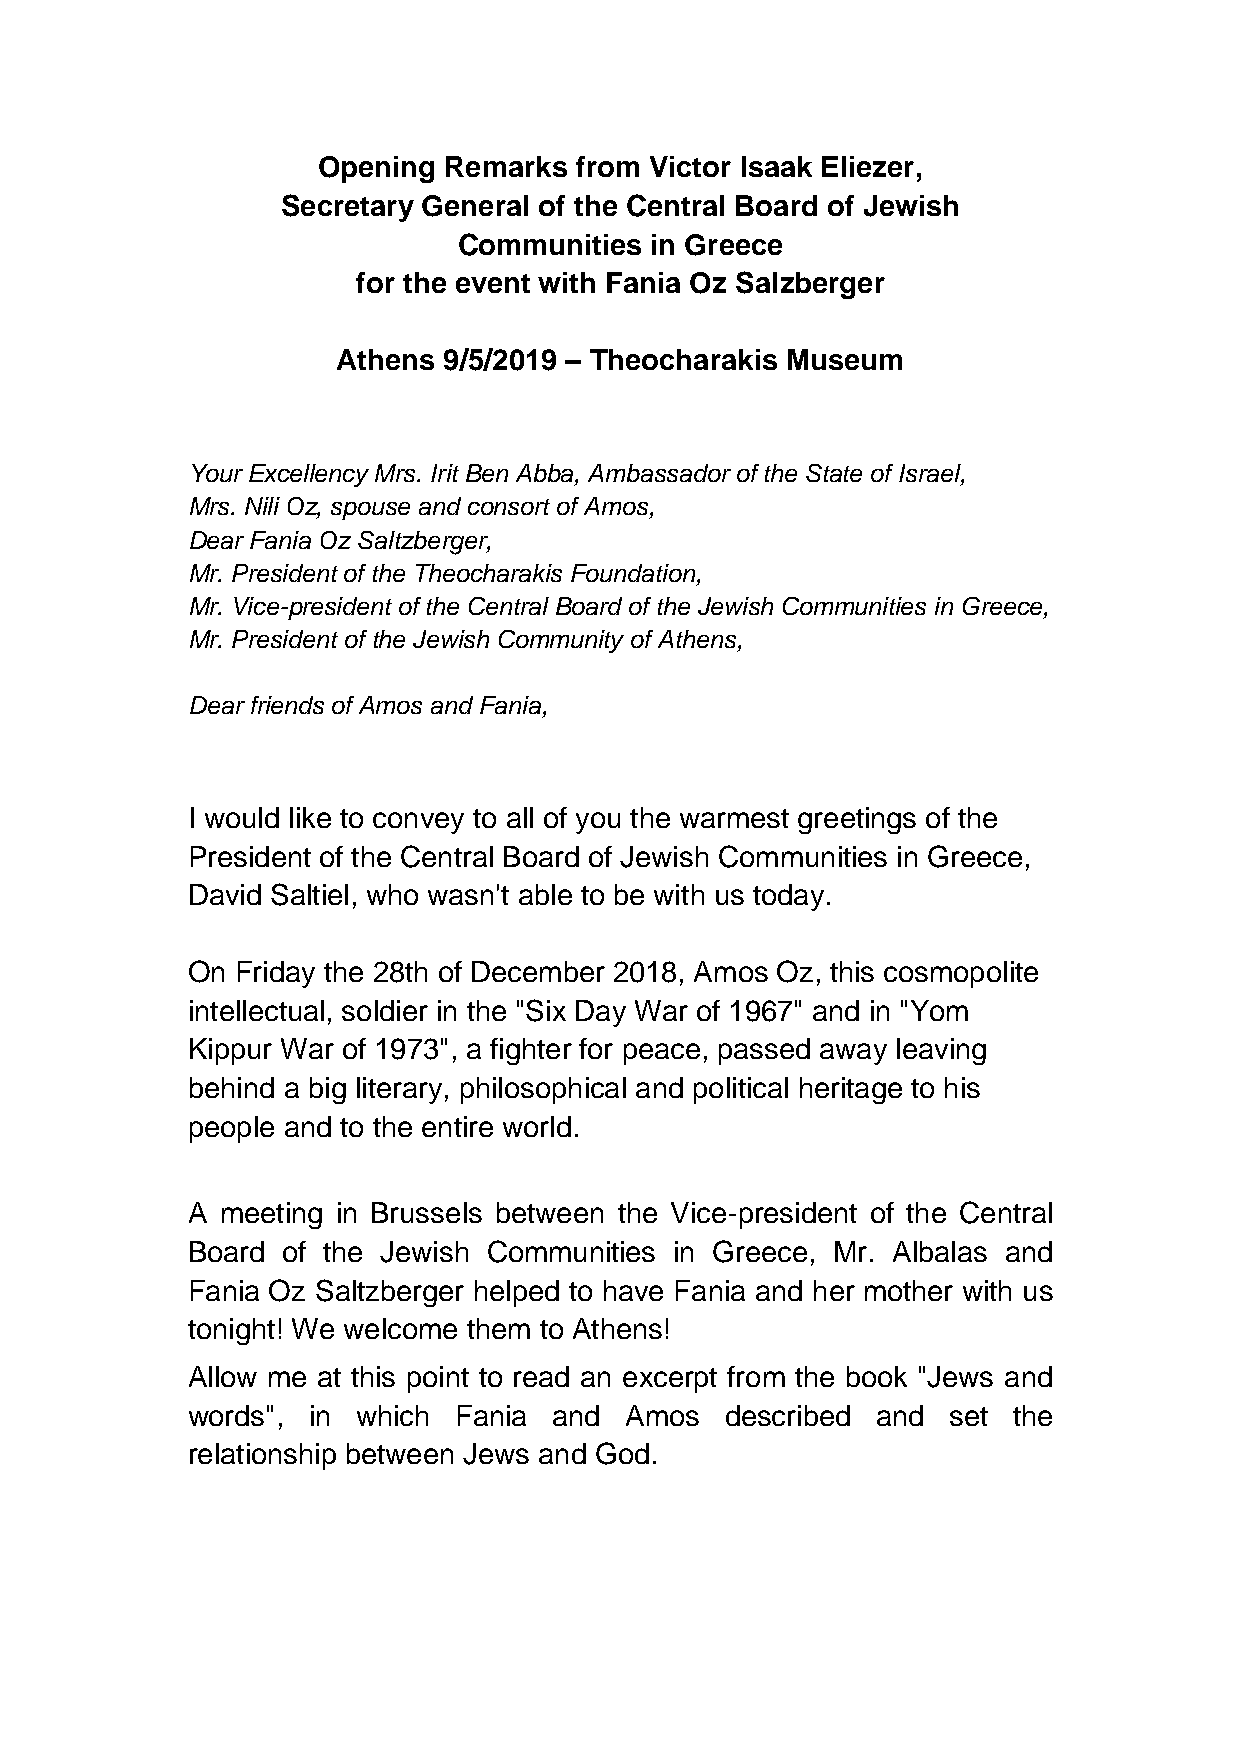
Opening Remarks  from Victor Isaak Eliezer,
 Secretary General of the Central Board of Jewish
 Communities  in Greece
 for the event with Fania Oz Salzberger
 Athens 9/5/2019 – Theocharakis Museum
 Your Excellency Mrs. Irit Ben Abba, Ambassador of the State of Israel,
 Mrs. Nili Oz, spouse and consort of Amos,
 Dear Fania Oz Saltzberger,
 Mr. President of the Theocharakis Foundation,
 Mr. Vice-president of the Central Board of the Jewish Communities in Greece,
 Mr. President of the Jewish Community of Athens,
 Dear friends of Amos and Fania,
 I would like to convey to all of you the warmest greetings of the
 President of the Central Board of Jewish Communities in Greece,
 David Saltiel, who wasn't able to be with us today.
 On  Friday the 28th of December 2018, Amos Oz, this cosmopolite
 intellectual, soldier in the "Six Day War of 1967" and in "Yom
 Kippur War of 1973", a fighter for peace, passed away leaving
 behind a big literary, philosophical and political heritage to his
 people and to the entire world.
 A  meeting in Brussels between the Vice-president of the Central
 Board  of the Jewish Communities in Greece, Mr. Albalas and
 Fania Oz Saltzberger helped to have Fania and her mother with us
 tonight! We welcome them to Athens!
 Allow me at this point to read an excerpt from the book "Jews and
 words", in  which Fania  and Amos   described and  set the
 relationship between Jews and God.